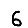
Digit: 6